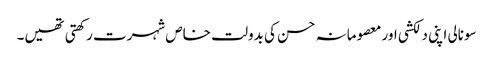
سونالی اپنی دلکشی اور معصومانہ حسن کی بدولت خاص شہرت رکھتی تھیں۔